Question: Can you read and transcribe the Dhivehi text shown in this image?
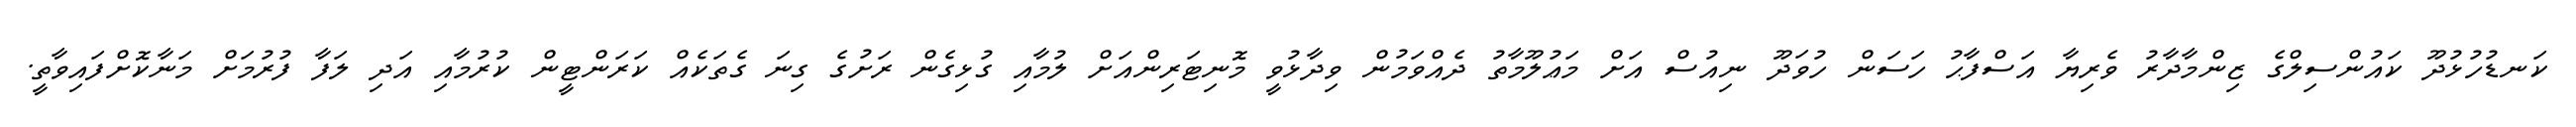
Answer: ކަނޑުހުޅުދޫ ކައުންސިލްގެ ޒިންމާދާރު ވެރިޔާ އަސްފާޙު ހަސަން ހުވަދޫ ނިއުސް އަށް މަޢުލޫމާތު ދެއްވަމުން ވިދާޅުވީ މޮނިޓަރިންއަށް ލުމާއި ގުޅިގެން ރަށުގެ ގިނަ ގެތަކެއް ކަރަންޓީން ކުރުމާއި އަދި ލަފާ ފުރުމަށް މަނާކޮށްފައިވާތީ.